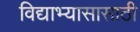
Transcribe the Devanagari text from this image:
विद्याभ्यासासाठी